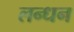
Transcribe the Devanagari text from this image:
लन्धन